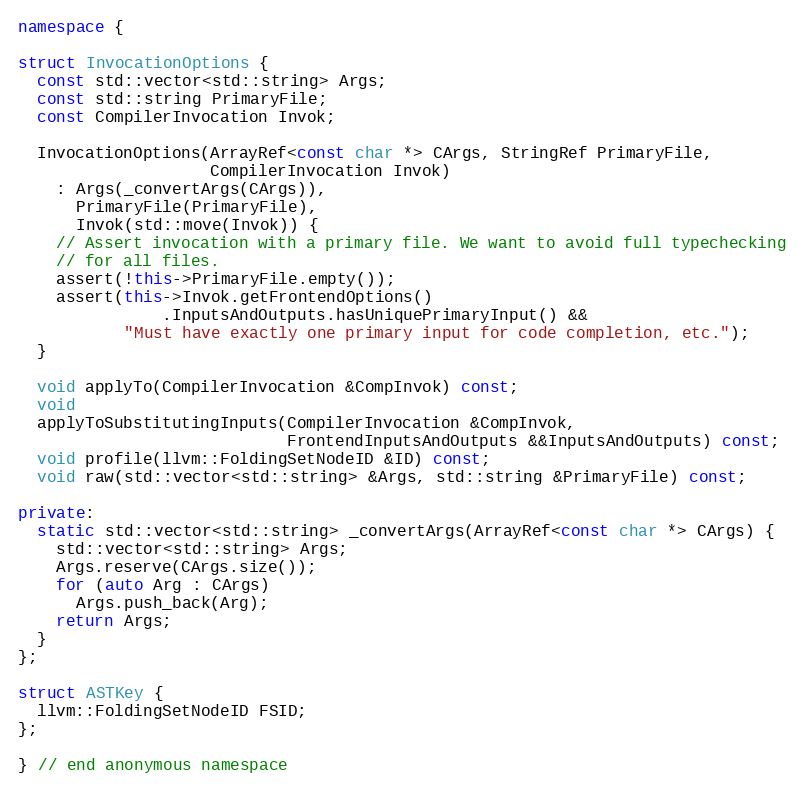
Language: C++
namespace {

struct InvocationOptions {
  const std::vector<std::string> Args;
  const std::string PrimaryFile;
  const CompilerInvocation Invok;

  InvocationOptions(ArrayRef<const char *> CArgs, StringRef PrimaryFile,
                    CompilerInvocation Invok)
    : Args(_convertArgs(CArgs)),
      PrimaryFile(PrimaryFile),
      Invok(std::move(Invok)) {
    // Assert invocation with a primary file. We want to avoid full typechecking
    // for all files.
    assert(!this->PrimaryFile.empty());
    assert(this->Invok.getFrontendOptions()
               .InputsAndOutputs.hasUniquePrimaryInput() &&
           "Must have exactly one primary input for code completion, etc.");
  }

  void applyTo(CompilerInvocation &CompInvok) const;
  void
  applyToSubstitutingInputs(CompilerInvocation &CompInvok,
                            FrontendInputsAndOutputs &&InputsAndOutputs) const;
  void profile(llvm::FoldingSetNodeID &ID) const;
  void raw(std::vector<std::string> &Args, std::string &PrimaryFile) const;

private:
  static std::vector<std::string> _convertArgs(ArrayRef<const char *> CArgs) {
    std::vector<std::string> Args;
    Args.reserve(CArgs.size());
    for (auto Arg : CArgs)
      Args.push_back(Arg);
    return Args;
  }
};

struct ASTKey {
  llvm::FoldingSetNodeID FSID;
};

} // end anonymous namespace